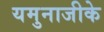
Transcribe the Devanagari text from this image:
यमुनाजीके